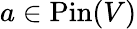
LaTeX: a\in\operatorname{Pin}(V)